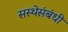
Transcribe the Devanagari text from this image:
सस्थेसंबंधी